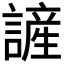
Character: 𮘷